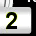
Digit: 2